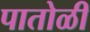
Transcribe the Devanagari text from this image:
पातोळी